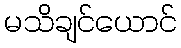
မသိချင်ယောင်